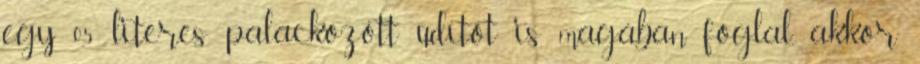
egy 0,5 literes palackozott üdítőt is magában foglal, akkor